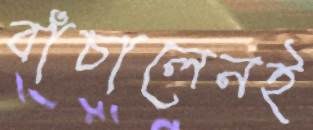
বাঁচালেনই